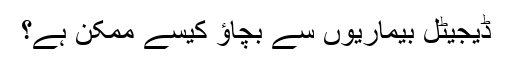
ڈیجیٹل بیماریوں سے بچاؤ کیسے ممکن ہے؟